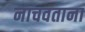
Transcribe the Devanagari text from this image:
नाचवताना